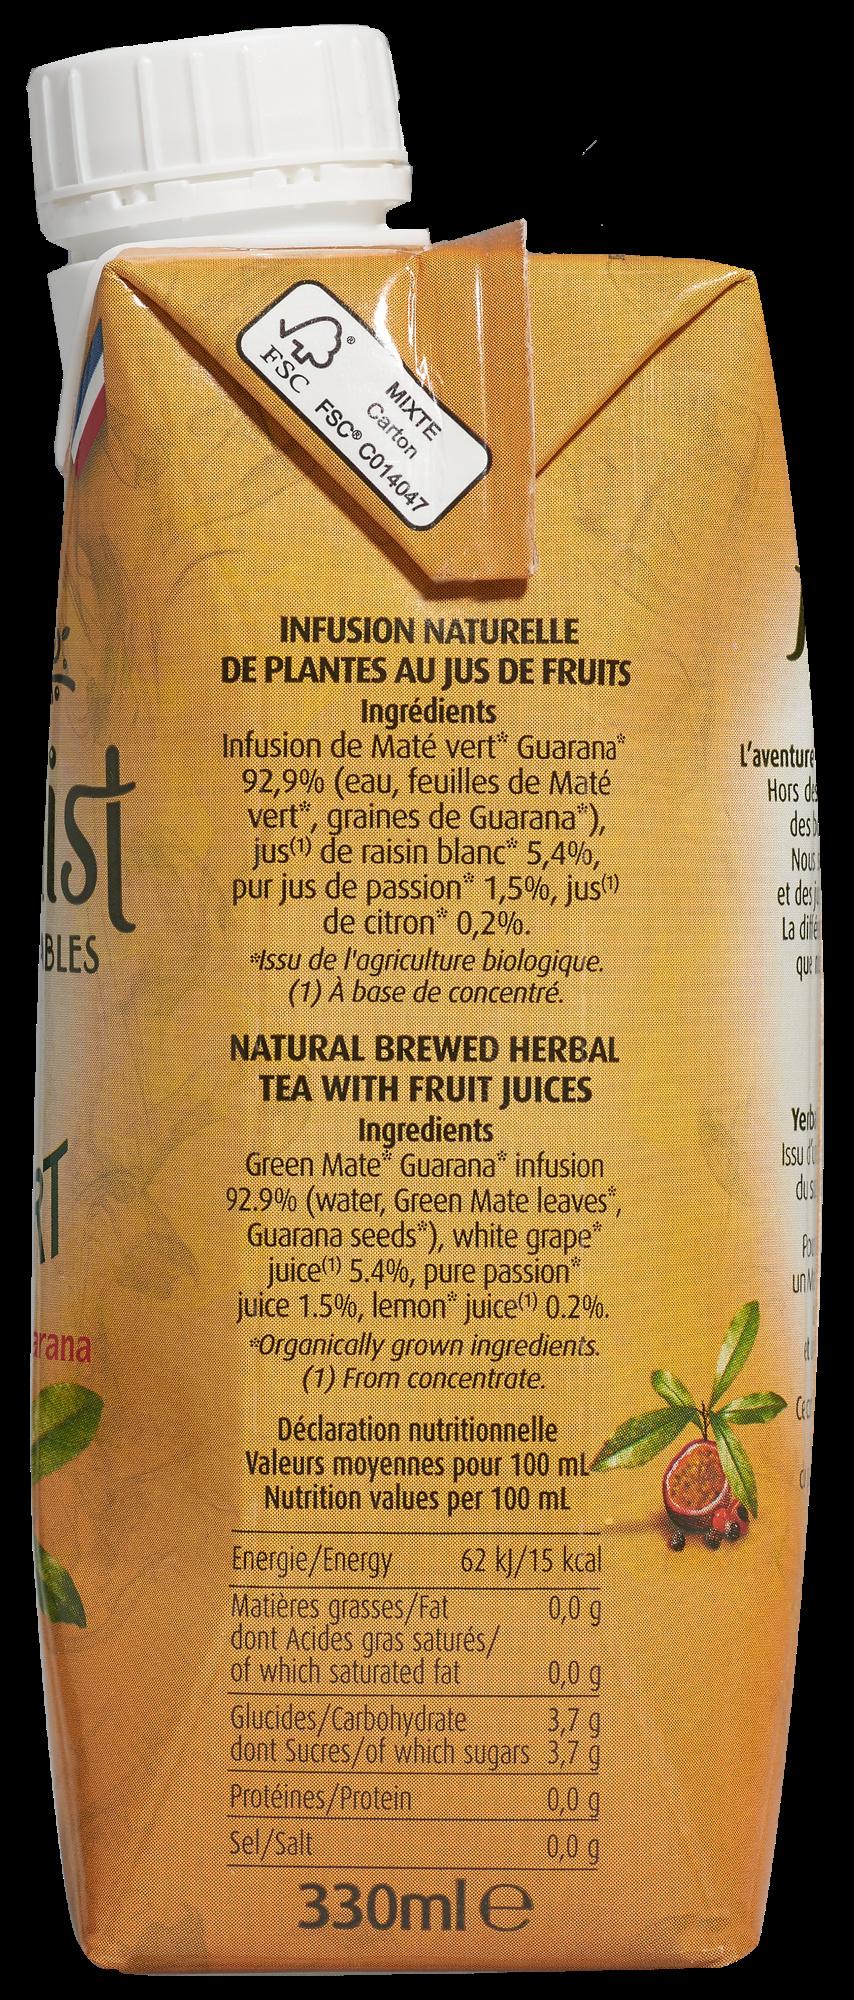
INFUSION NATURELLE DE PLANTES AU JUS DE FRUITS Ingrédients Infusion de Maté vert Guarana 92,9% (eau, feuilles de Maté vert", graines de Guarana"), jus) de raisin blanc 5,4%, pur jus de passion 1,5%, jus de citron* 0,2% Issu de l'agriculture biologique. (1) A base de concentré. st l'aventure Hors d des Nous et dei la dife BLES QUE NATURAL BREWED HERBAL TEA WITH FRUIT JUICES Ingredients Green Mate Guarana infusion 92.9% (water, Green Mate leaves, Guarana seeds"), white grape juice 5.4%, pure passion? juice 1.5%, lemon juice) 0.2%. Organically grown ingredients. (1) From concentrate. Yerd Issu dus Pa unM rana Déclaration nutritionnelle Valeurs moyennes pour 100 mL- Nutrition values per 100 mL 62 kj/15 kcal 0,0 g dont Acides gras saturés/ 0,0 g 3,7 g dont Sucres/of which sugars 3,7 g 0,0 g 0,0 g Energie/Energy Matières grasses/Fat of which saturated fat Glucides/Carbohydrate Protéines/Protein Sel/Salt 330ml e MIXTE Carton FSC FSC® C014047